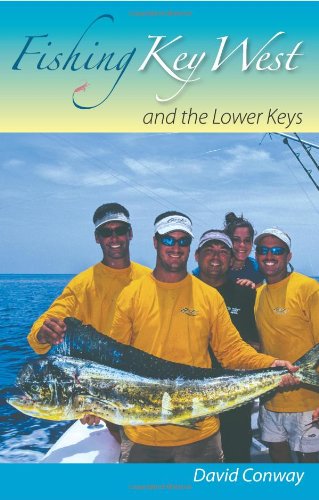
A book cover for Fishing Key West and the Lower Keys; Mr. David Conway; Travel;